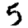
Digit: 5